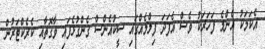
އެކަމަކު އެންމެ ފަހަރަކު ވެސް އެފަދަ ފިލްމެއްގައި ސީކުއެންސް ގެންގުޅެފައި ވާގޮތާއި ކެރެކްޓަރުން